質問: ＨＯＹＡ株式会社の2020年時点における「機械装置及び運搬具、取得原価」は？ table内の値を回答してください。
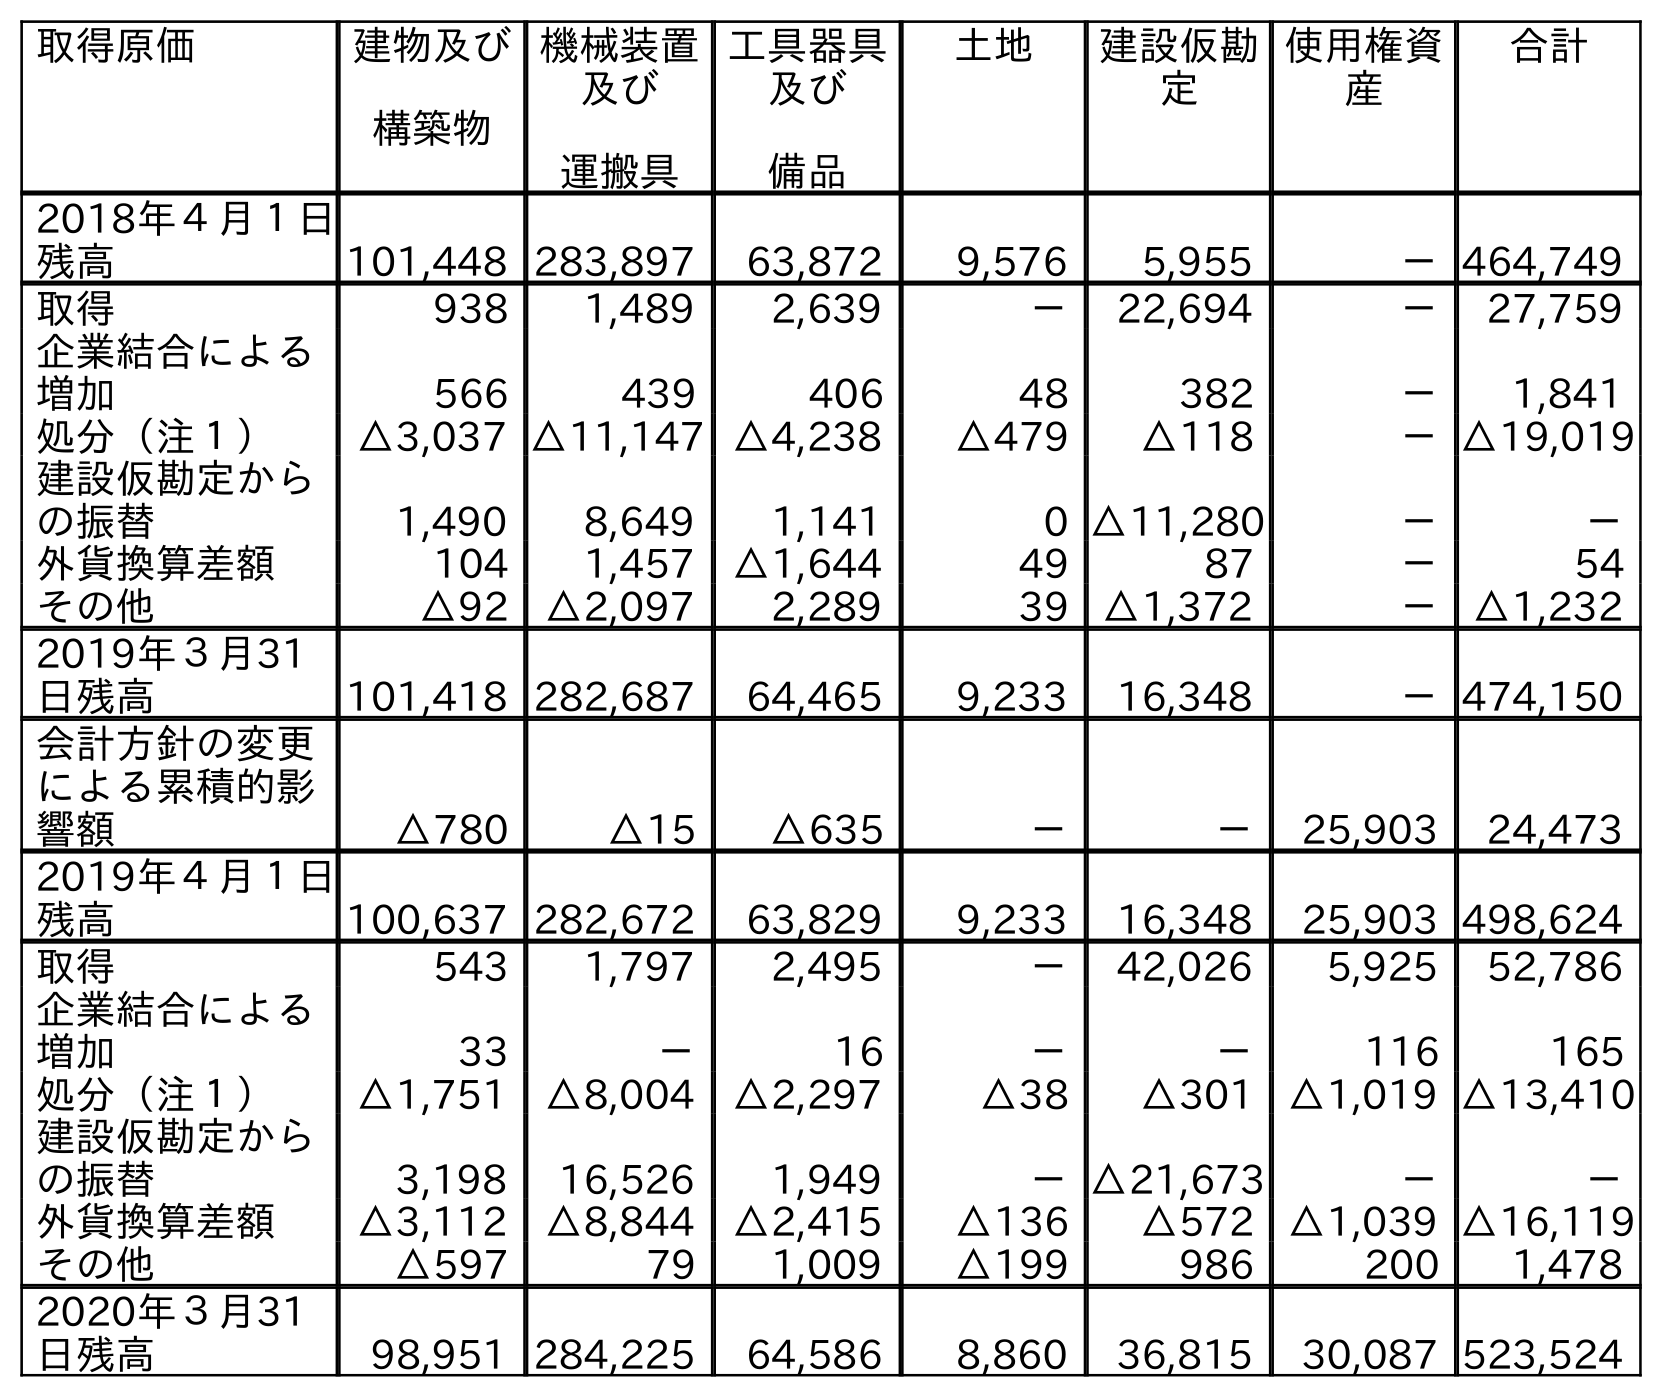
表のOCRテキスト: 取得原価 建物及び 構築物 機械装置 及び 運搬具 工具器具 及び 備品 土地 建設仮勘 定 使用権資 産 合計 2018年４月１日 残高 101,448 283,897 63,872 9,576 5,955 －464,749 取得 938 1,489 2,639 － 22,694 － 27,759 企業結合による 増加 566 439 406 48 382 － 1,841 処分（注１） △3,037 △11,147 △4,238 △479 △118 －△19,019 建設仮勘定から の振替 1,490 8,649 1,141 0 △11,280 － － 外貨換算差額 104 1,457 △1,644 49 87 － 54 その他 △92 △2,097 2,289 39 △1,372 － △1,232 2019年３月31 日残高 101,418 282,687 64,465 9,233 16,348 －474,150 会計方針の変更 による累積的影 響額 △780 △15 △635 － － 25,903 24,473 2019年４月１日 残高 100,637 282,672 63,829 9,233 16,348 25,903 498,624 取得 543 1,797 2,495 － 42,026 5,925 52,786 企業結合による 増加 33 － 16 － － 116 165 処分（注１） △1,751 △8,004 △2,297 △38 △301 △1,019 △13,410 建設仮勘定から の振替 3,198 16,526 1,949 －△21,673 － － 外貨換算差額 △3,112 △8,844 △2,415 △136 △572 △1,039 △16,119 その他 △597 79 1,009 △199 986 200 1,478 2020年３月31 日残高 98,951 284,225 64,586 8,860 36,815 30,087 523,524
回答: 284,225